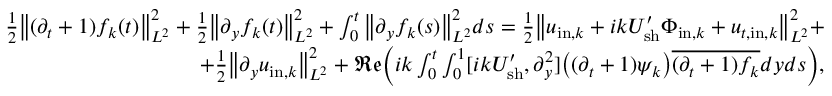
\begin{array} { r } { \frac { 1 } { 2 } \big \| ( \partial _ { t } + 1 ) f _ { k } ( t ) \big \| _ { L ^ { 2 } } ^ { 2 } + \frac { 1 } { 2 } \big \| \partial _ { y } f _ { k } ( t ) \big \| _ { L ^ { 2 } } ^ { 2 } + \int _ { 0 } ^ { t } \big \| \partial _ { y } f _ { k } ( s ) \big \| _ { L ^ { 2 } } ^ { 2 } d s = \frac { 1 } { 2 } \big \| u _ { \mathrm { i n } , k } + i k U _ { \mathrm { s h } } ^ { \prime } \Phi _ { \mathrm { i n } , k } + u _ { t , \mathrm { i n } , k } \big \| _ { L ^ { 2 } } ^ { 2 } + } \\ { + \frac { 1 } { 2 } \big \| \partial _ { y } u _ { \mathrm { i n } , k } \big \| _ { L ^ { 2 } } ^ { 2 } + { \mathfrak { R e } } \bigg ( i k \int _ { 0 } ^ { t } \int _ { 0 } ^ { 1 } [ i k U _ { \mathrm { s h } } ^ { \prime } , \partial _ { y } ^ { 2 } ] \big ( ( \partial _ { t } + 1 ) \psi _ { k } \big ) \overline { { ( \partial _ { t } + 1 ) f _ { k } } } d y d s \bigg ) , } \end{array}